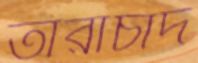
তারাচাঁদ